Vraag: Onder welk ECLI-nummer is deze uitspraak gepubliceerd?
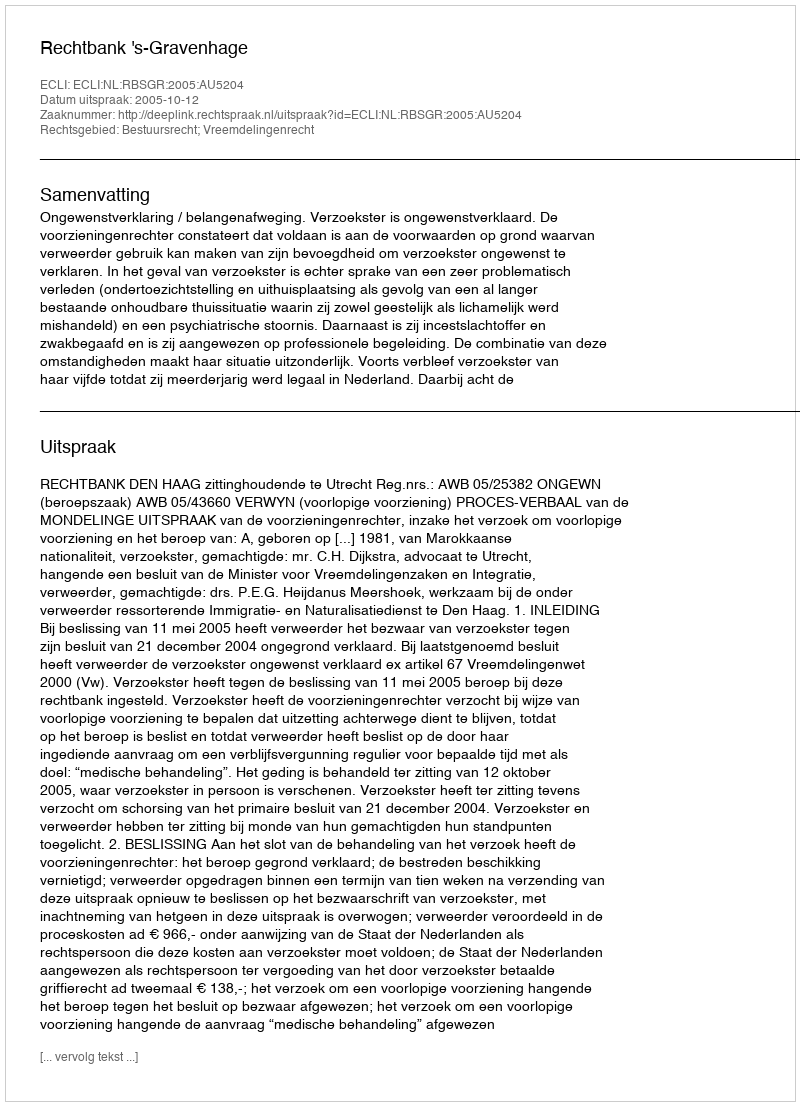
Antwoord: ECLI:NL:RBSGR:2005:AU5204